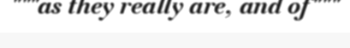
"""as they really are, and of"""